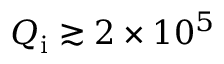
Q _ { \mathrm { i } } \gtrsim 2 \times 1 0 ^ { 5 }